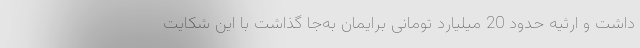
داشت و ارثیه حدود 20 میلیارد تومانی برایمان به‌جا گذاشت با این شکایت